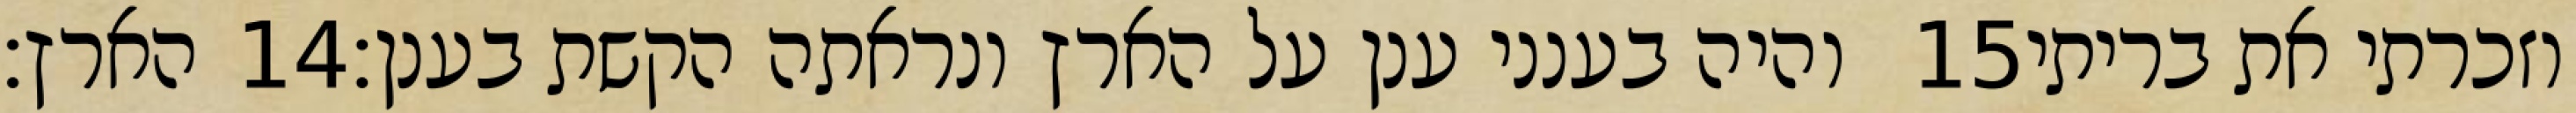
הארץ׃ ‎14‏ והיה בענני ענן על הארץ ונראתה הקשת בענן׃ ‎15‏ וזכרתי את בריתי